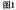
图1